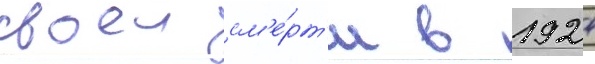
своеи см'е́рт'и в 1924